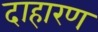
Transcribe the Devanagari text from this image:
दाहारण